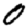
Digit: 0